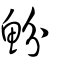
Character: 魵